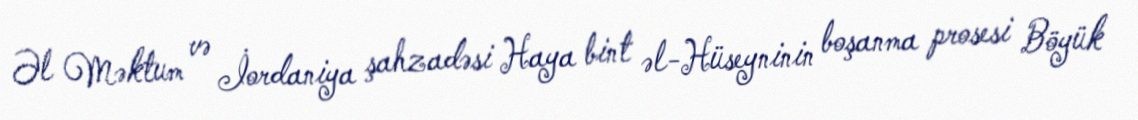
Əl Məktum və İordaniya şahzadəsi Haya bint əl-Hüseyninin boşanma prosesi Böyük